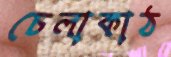
চেলাকাঠ